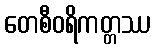
တေစီဝရိကတ္တဿ